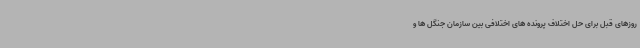
روزهای قبل برای حل اختلاف پرونده های اختلافی بین سازمان جنگل ها و